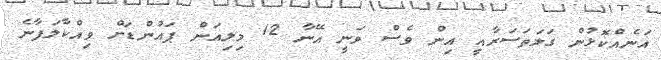
އަނެއްކޮޅުން ގަލަތަސަރާއީ އިން ވެސް ވަނީ އޭނާ 12 މިލިއަން ޕައުންޑަށް ވިއްކާލަފާނެ